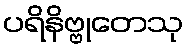
ပရိနိဗ္ဗုတေသု